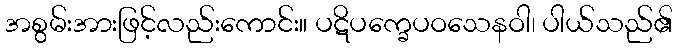
အစွမ်းအားဖြင့်လည်းကောင်း။ ပဋိပက္ခေပဝသေနဝါ၊ ပါယ်သည်၏